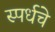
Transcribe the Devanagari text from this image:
स्पर्धचे